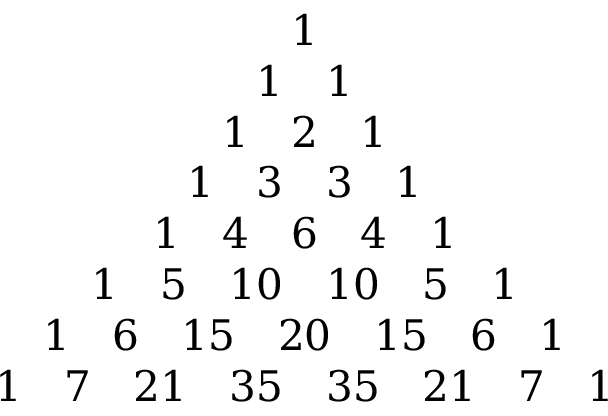
\begin{array} { c } { 1 } \\ { 1 \quad 1 } \\ { 1 \quad 2 \quad 1 } \\ { 1 \quad 3 \quad 3 \quad 1 } \\ { 1 \quad 4 \quad 6 \quad 4 \quad 1 } \\ { 1 \quad 5 \quad 1 0 \quad 1 0 \quad 5 \quad 1 } \\ { 1 \quad 6 \quad 1 5 \quad 2 0 \quad 1 5 \quad 6 \quad 1 } \\ { 1 \quad 7 \quad 2 1 \quad 3 5 \quad 3 5 \quad 2 1 \quad 7 \quad 1 } \end{array}